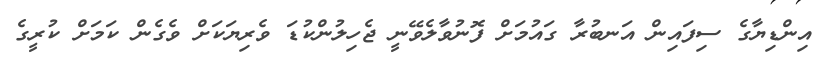
އިންޑިޔާގެ ސިފައިން އަނބުރާ ގައުމަށް ފޮނުވާލެވޭނީ ޖެހިލުންކުޑަ ވެރިޔަކަށް ވެގެން ކަމަށް ކުރީގެ